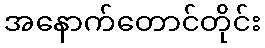
အနောက်တောင်တိုင်း